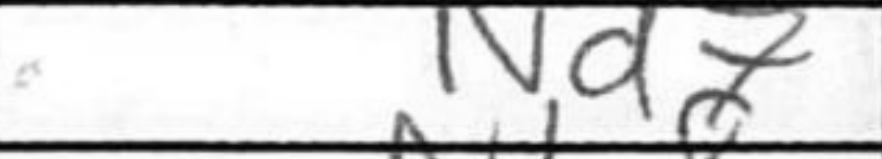
Transcription: Nd7